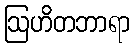
ဩဟိတဘာရာ